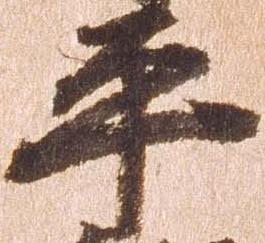
平